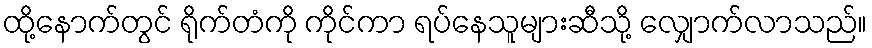
ထို့နောက်တွင် ရိုက်တံကို ကိုင်ကာ ရပ်နေသူများဆီသို့ လျှောက်လာသည်။